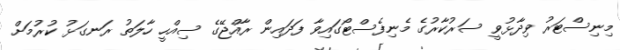
މިނިސްޓަރު ވިދާޅުވީ ސަރުކާރުގެ މެނިފެސްޓޯގައިވާ ފަދައިން ރާއްޖޭގެ ސިއްހީ ހާލަތު ރަނގަޅު ކުރުމަށް